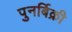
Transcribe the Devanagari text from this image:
पुनर्बिक्री